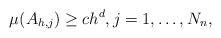
LaTeX: \begin{align*} \mu(A_{h,j}) \geq c h^d, j = 1,\ldots,N_n,\end{align*}